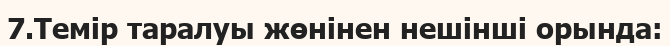
7.Темір таралуы жөнінен нешінші орында: